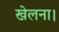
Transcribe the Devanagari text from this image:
खेलना।